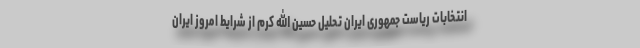
انتخابات ریاست جمهوری ایران تحلیل حسین الله کرم از شرایط امروز ایران